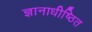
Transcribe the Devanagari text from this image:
ज्ञानाधीष्ठित